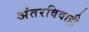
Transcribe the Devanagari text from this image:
अंतरविवाही